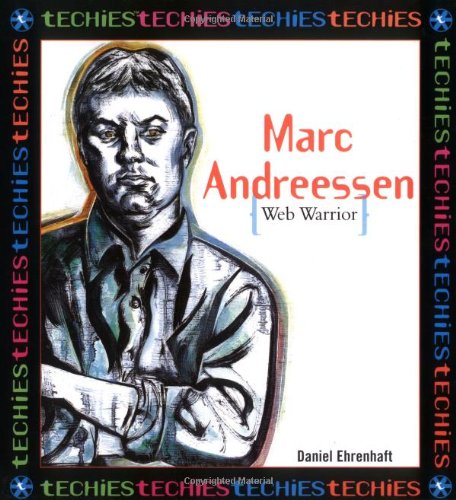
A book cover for Marc Andreesson:Web Warrior (Techies); Daniel Parker; Children's Books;